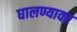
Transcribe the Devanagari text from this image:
घालण्यावर